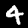
Label: 4